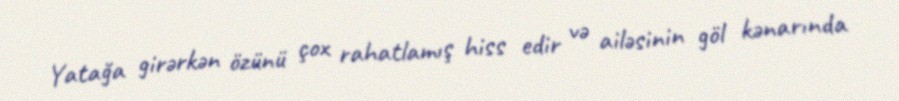
Yatağa girərkən özünü çox rahatlamış hiss edir və ailəsinin göl kənarında